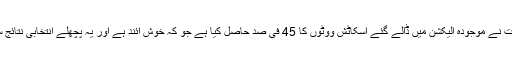
اسکاٹ لینڈ کی قومی جماعت نے موجودہ الیکشن میں ڈالے گئے اسکاٹش ووٹوں کا 45 فی صد حاصل کیا ہے جو کہ خوش آئند ہے اور یہ پچھلے انتخابی نتائج سے8 فی صد بڑھ چکا ہے۔